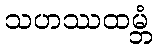
သဟဿထမ္ဘံ